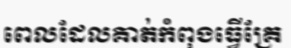
ពេលដែលគាត់កំពុងធ្វើគ្រែ